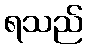
ရသည်